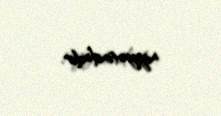
niyyətindədir.